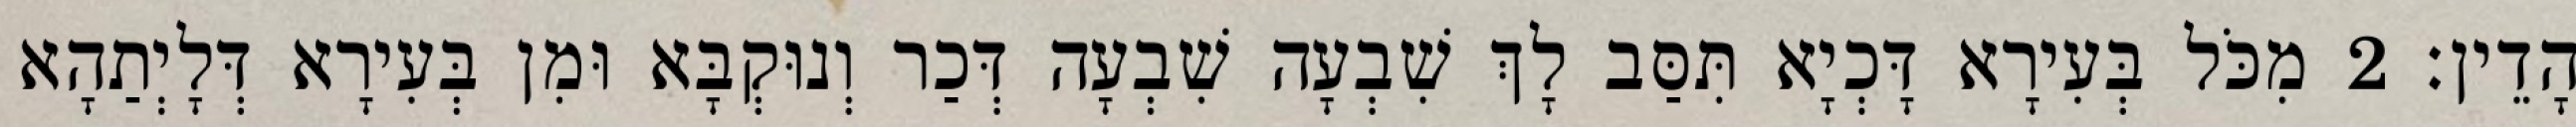
הָדֵין׃ 2 מִכֹּל בְּעִירָא דָּכְיָא תִּסַּב לָךְ שִׁבְעָה שִׁבְעָה דְּכַר וְנוּקְבָּא וּמִן בְּעִירָא דְּלָיְתַהָא